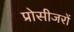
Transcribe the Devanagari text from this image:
प्रोसीजरों